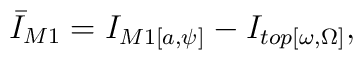
{\bar I}_{M1} = I_{M1[a,\psi]} - I_{top[\omega ,\Omega]},